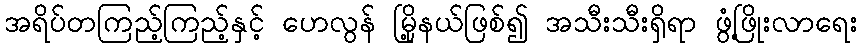
အရိပ်တကြည့်ကြည့်နှင့် ဟေလွန် မြို့နယ်ဖြစ်၍ အသီးသီးရှိရာ ဖွံ့ဖြိုးလာရေး